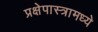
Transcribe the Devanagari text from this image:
प्रक्षेपास्त्रामध्ये